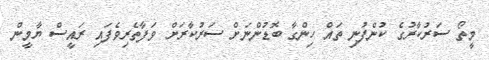
މީތޯ ސަރުކާރުގެ ކުންފުނި ތައް ހިންގާ ބޮޑުންނަށް ސަރުކާރަށް ވަފާތެރިވެފައި ރައީސް ޔާމީން